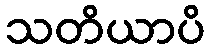
သတိယာပိ